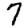
Digit: 7